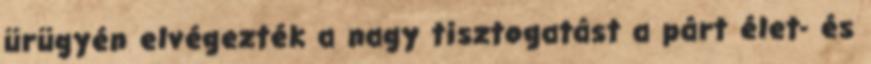
ürügyén elvégezték a nagy tisztogatást a párt élet- és